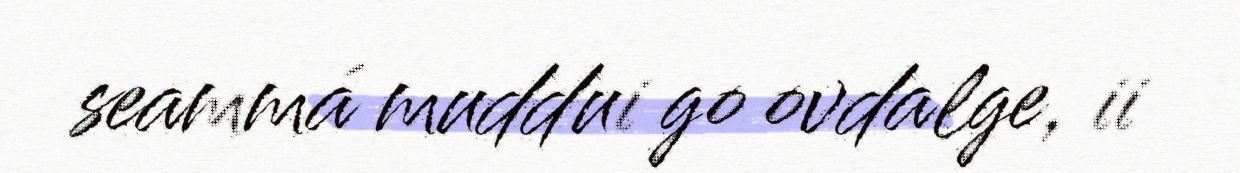
seammá muddui go ovdalge, ii